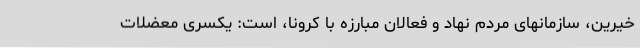
خیرین، سازمانهای مردم نهاد و فعالان مبارزه با کرونا، است: یکسری معضلات